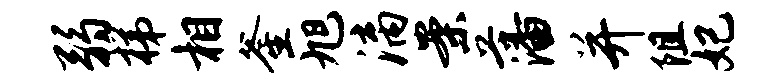
弱梯相釜旭漓案藩并阻妃